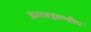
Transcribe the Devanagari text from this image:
अंतरब्रह्माण्डीय